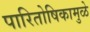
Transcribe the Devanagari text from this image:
पारितोषिकामुळे